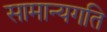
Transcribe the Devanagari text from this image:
सामान्यगति